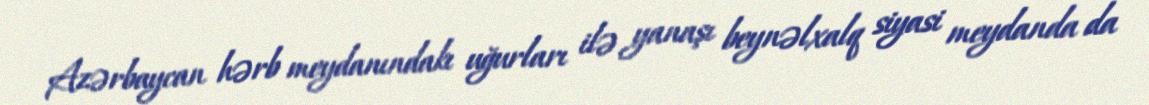
Azərbaycan hərb meydanındakı uğurları ilə yanaşı beynəlxalq siyasi meydanda da